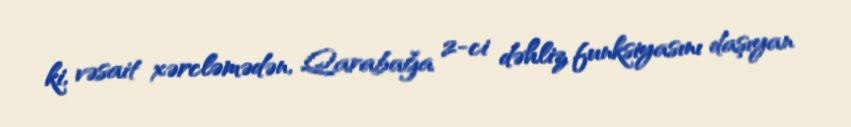
ki, vəsait xərcləmədən, Qarabağa 2-ci dəhliz funksiyasını daşıyan